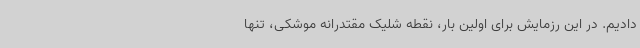
دادیم. در این رزمایش برای اولین بار، نقطه شلیک مقتدرانه موشکی، تنها